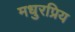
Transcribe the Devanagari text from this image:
मधुरप्रिय